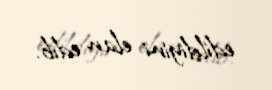
edildiyini elan edib.